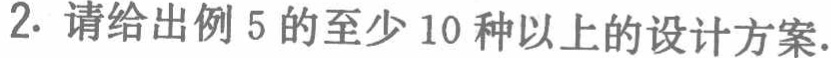
2. 请给出例 5 的至少 10 种以上的设计方案.